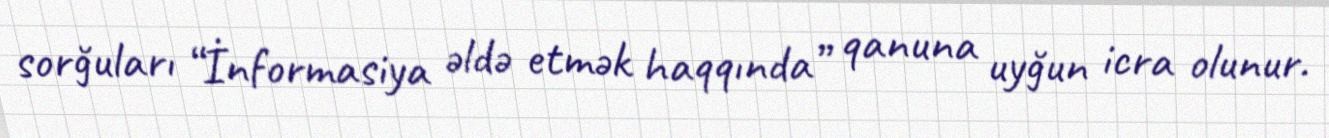
sorğuları “İnformasiya əldə etmək haqqında” qanuna uyğun icra olunur.